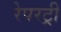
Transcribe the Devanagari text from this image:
रेपरट्री